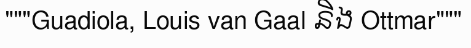
"""Guadiola, Louis van Gaal និង Ottmar"""